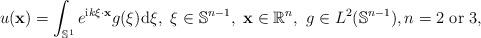
LaTeX: \begin{align*} u(\mathbf x)=\int_{\mathbb S^{1}} e^{\mathrm{i}k\xi\cdot \mathbf{x}}g (\xi)\mathrm d\xi,\ \xi \in \mathbb S^{n-1},\ \mathbf{x} \in \mathbb{R}^n,\ g \in L^{2}(\mathbb S^{n-1}), n= 2 \mbox{ or }3, \end{align*}